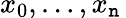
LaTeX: x_{0},\ldots,x_{\mathtt{n}}\,